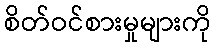
စိတ်ဝင်စားမှုများကို